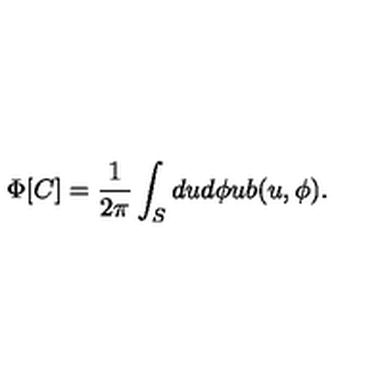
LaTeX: \Phi [ C ] = \frac { 1 } { 2 \pi } \int _ { S } d u d \phi u b ( u , \phi ) .